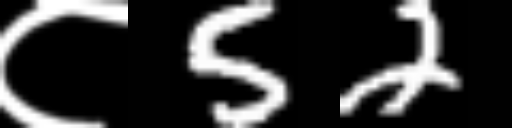
Text: ८52